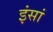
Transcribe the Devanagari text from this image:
इंसां